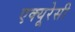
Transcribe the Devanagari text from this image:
एक्यूरेसी